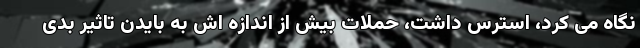
نگاه می کرد، استرس داشت، حملات بیش از اندازه اش به بایدن تاثیر بدی